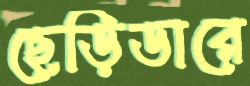
ছেড়িডারে